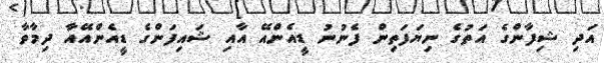
އަދި ޝިފާންގެ އަތުގެ ނިޔަފަތިން ފެނުނު ޑީއެންއޭ އާއި ޝައިފަންގެ ޑީއެންއޭއާ ދިމާވާ